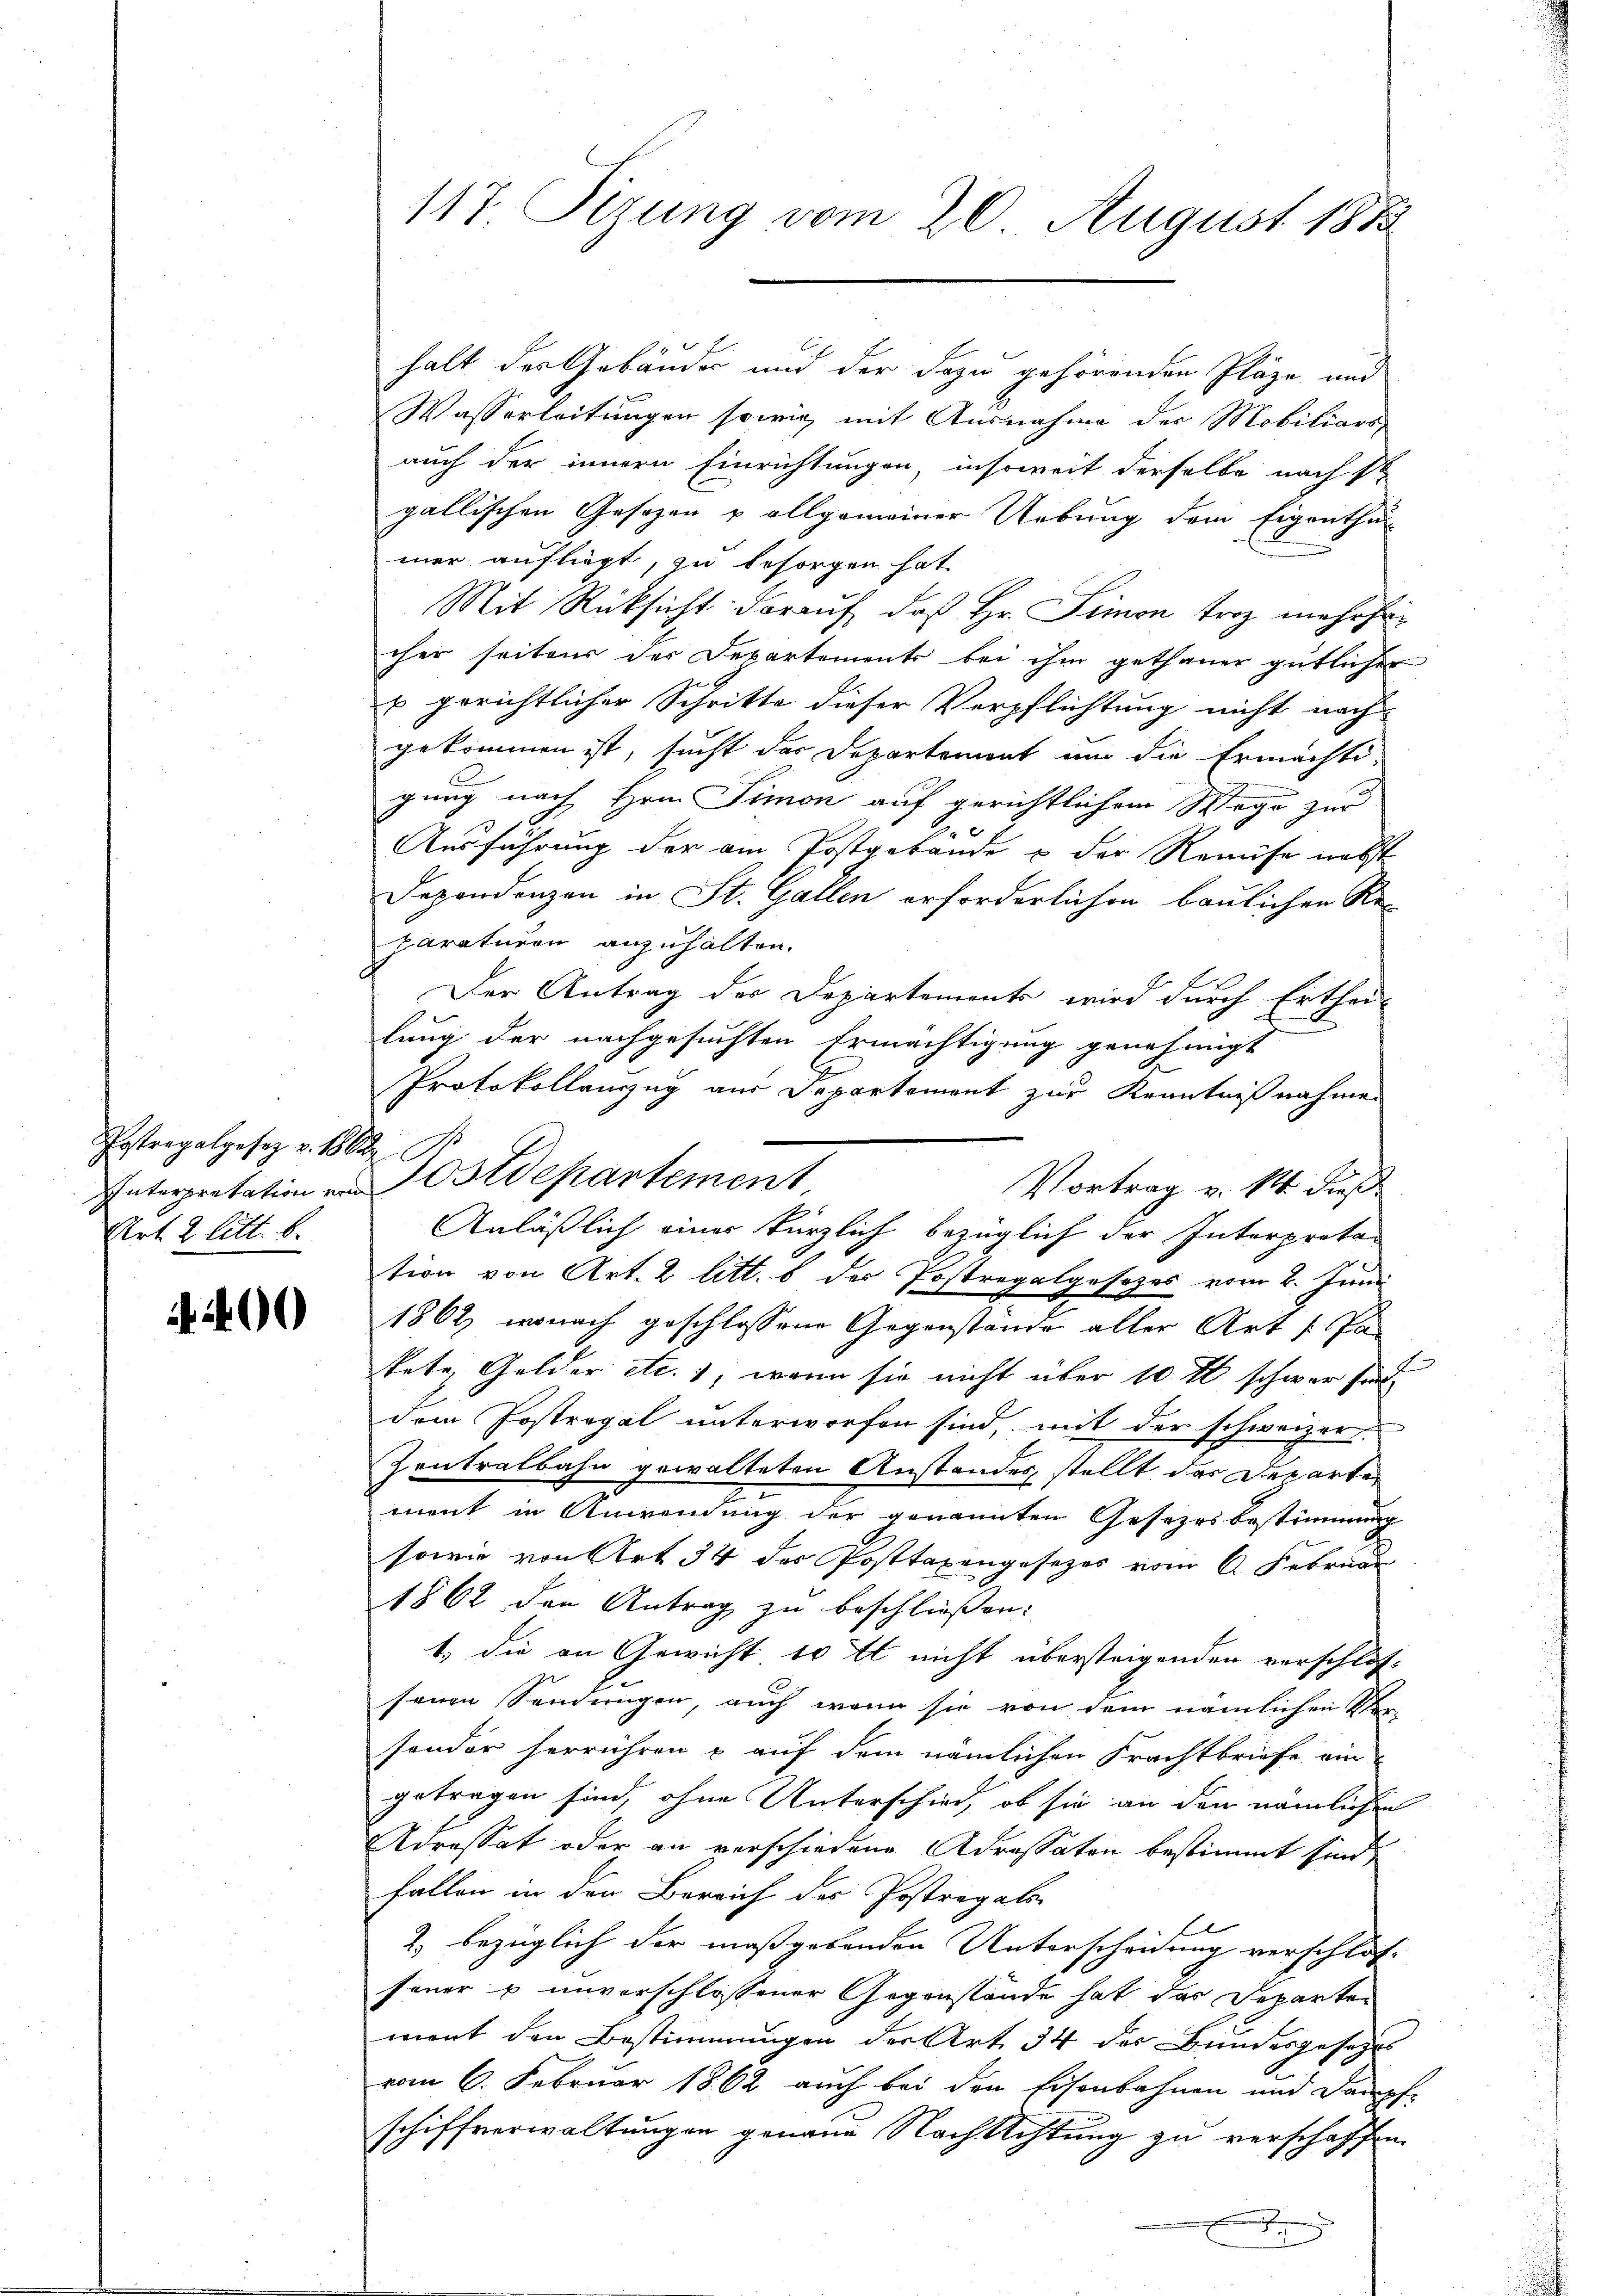
Postregalgesez v. 1862
Art. 2 litt. b.

4400

117 Sizung vom 20. August 1888

halt der Gebäude und der dazu gehörenden Pläge und
Wasserleitungen sowie mit Ausnahme des Mobiliars
auch der innern Einrichtungen, insoweit derselbe nach st
gallischen Gesetzen u allgemeiner Uebung dem Eigenthu
mer aufliegt, zu besorgen hat
Mit Rücksicht darauf, daß Hr. Simon Froz mehrfar
cher seitens der Departemente bei ihm gethaner gütlicher
u gerichtlicher Schritte dieser Verpflichtung nicht nach
gekommen ist, sucht das Departement und die Ermächti-
gung nach Hrn. Simon auf gerichtlichem Wege zu
Ausführung der am Postgebäude & der Remüse nebst
Dependenzen in St. Gallen erforderlichen baulichen Re-
paraturen anzuhalten.
Der Antrag der Departements wird durch Ertheil
x
lung der nachgesuchten Ermächtigung genehmigt
Protokollanzug aus Departement zur Kenntnißnahmen
Vortrag v. M. dießtion von Art. 2 litt. b der Postregalgesezes vom 2. Juni
1862, wonach geschlossene Gegenstände aller Art s. Pa
kete Gelder etc.), wenn sie nicht über 10 fl schwer find
dem Postregal unterworfen sind, mit der schweizer¬
Zentralbahn gewalteten Anstandes stellt das Departe
mont in Anwendung der genannten Gesetzesbestimmung
sowie von Art. 34 des Posttaxengesezes vom 6. Februar
1862 den Antrag zu beschliessen:
1. die an Gewicht 10 tt nicht übersteigenden verschlos-
senen Sendungen, auch wenn sie von dem nämlichen Ver-
sonder herrühren & auf dem nämlichen Frachtbriefe am
getragen sind, ohne Unterschied, ob sie an den nämlichen
Adressat oder an verschiedene Adressaten bestimmt sind,
fallen in der Bereich des Postregals
2.) bezüglich der maßgebenden Unterscheidung verschlos
feuer u unvorschlossener Gegenstände hat des Departen
mont den Bestimmungen der Art. 34 der Bundesgesezes
vom 6. Februar 1862 auch bei den Eisenbahnen und Dampf-
schiffverwaltungen genaue Nachsichtung zu verschaffen
.

Interpretation von Ostdepartement,
Anläßlich einer kürzlich bezüglich der Interproto¬